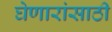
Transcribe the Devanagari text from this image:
घेणारांसाठी